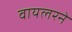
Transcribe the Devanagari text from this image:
वायलरने